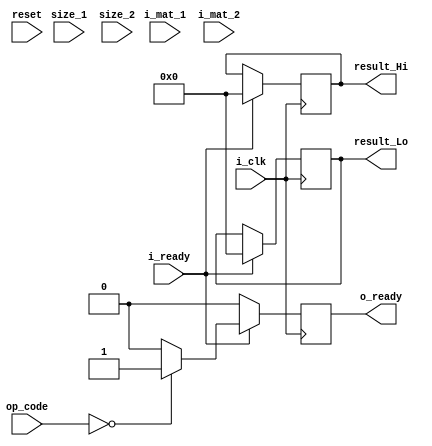
module MALU

#(parameter bitness = 8,
parameter add = 	8'b00000000,
parameter sub = 	8'b00000000,
parameter dot = 	8'b00000000,
parameter cross = 8'b00000000,
parameter muli = 8'b00000000,
parameter det = 	8'b00000000,
parameter trans = 8'b00000000
)
(
	input i_clk,
	input i_ready,
	input [bitness - 1:0] size_1,
	input [bitness - 1:0] size_2,
	input [bitness - 1:0] i_mat_1,
	input [bitness - 1:0] i_mat_2,
	input [7:0] op_code,
	input reset,

	output reg o_ready,
	output reg [bitness - 1:0] result_Hi,
	output reg [bitness - 1:0] result_Lo
	
);


//reg [800:0] matrix				//input matrix (max 5X5 * 32 bit)



	
	always @(posedge i_clk) begin
	
		o_ready = 0;
		
		if (i_ready == 1) begin
			
			result_Hi = 0;
			result_Lo = 0;
			
		
			case (op_code)
				add: begin
				//	some math
					o_ready = 1;
				end
				
				sub: begin
				//	some math
					o_ready = 1;
				end
				
				dot: begin
				//	some math
					o_ready = 1;
				end
				
				cross: begin
				//	some math
					o_ready = 1;
				end
				
				muli: begin
				//	some math
					o_ready = 1;
				end
				
				det: begin
				//	some math
					o_ready = 1;
				end
				
				trans: begin
				//	some math
					o_ready = 1;
				end
			endcase;
			
		end
		
		
	end
endmodule